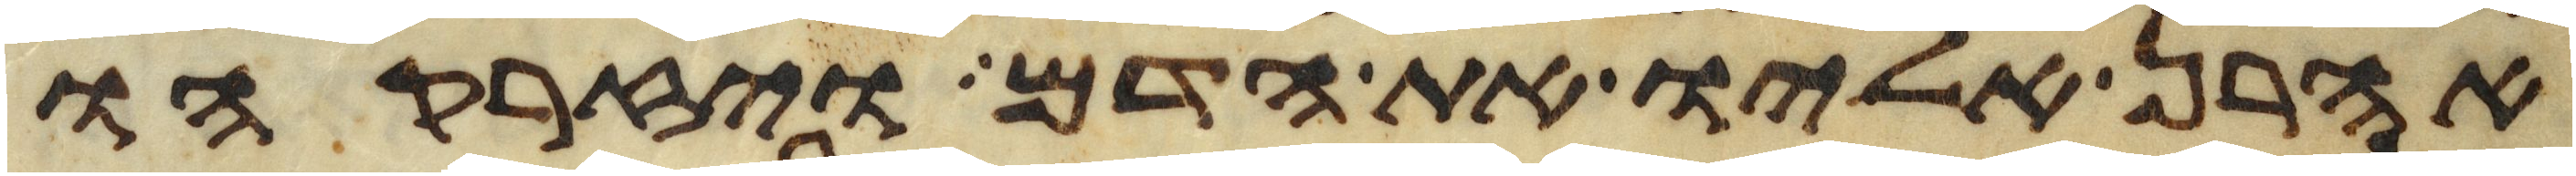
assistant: אהרן אליו את הדם ויזרקהו